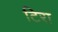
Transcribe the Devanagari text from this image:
टिरा